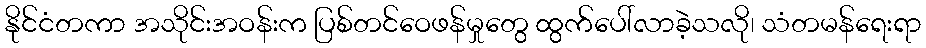
နိုင်ငံတကာ အသိုင်းအဝန်းက ပြစ်တင်ဝေဖန်မှုတွေ ထွက်ပေါ်လာခဲ့သလို၊ သံတမန်ရေးရာ